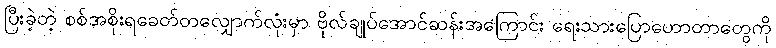
ပြီးခဲ့တဲ့ စစ်အစိုးရခေတ်တလျှောက်လုံးမှာ ဗိုလ်ချုပ်အောင်ဆန်းအကြောင်း ရေးသားပြောဟောတာတွေကို